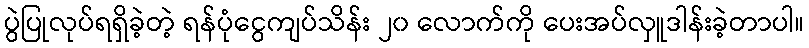
ပွဲပြုလုပ်ရရှိခဲ့တဲ့ ရန်ပုံငွေကျပ်သိန်း ၂၀ လောက်ကို ပေးအပ်လှူဒါန်းခဲ့တာပါ။